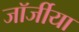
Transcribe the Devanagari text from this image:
जॉर्जीया